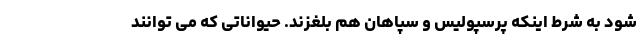
شود به شرط اینکه پرسپولیس و سپاهان هم بلغزند. حیواناتی که می توانند